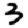
Digit: 3